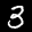
Label: 3